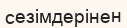
сезімдерінен